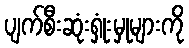
ပျက်စီးဆုံးရှုံးမှုများကို